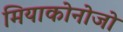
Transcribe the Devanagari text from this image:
मियाकोनोजो